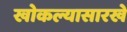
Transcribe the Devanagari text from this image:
खोकल्यासारखे